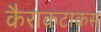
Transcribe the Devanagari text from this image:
कैराकटाकस